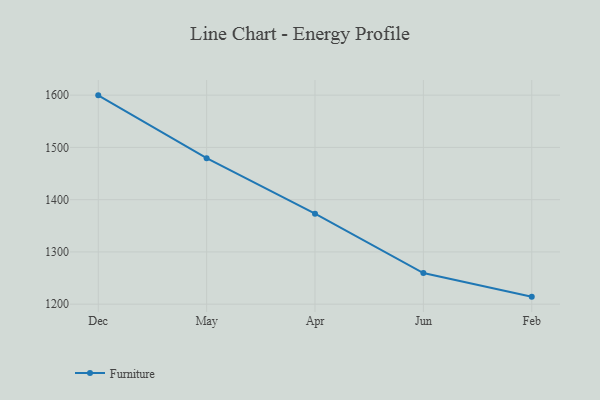
{"axis": {"x": "Month", "y": "Market Share (%)"}, "legend": ["Furniture"], "data": [{"x": "Dec", "y": 1599.6, "type": "Furniture"}, {"x": "May", "y": 1479.3, "type": "Furniture"}, {"x": "Apr", "y": 1373.2, "type": "Furniture"}, {"x": "Jun", "y": 1259.6, "type": "Furniture"}, {"x": "Feb", "y": 1214.4, "type": "Furniture"}]}